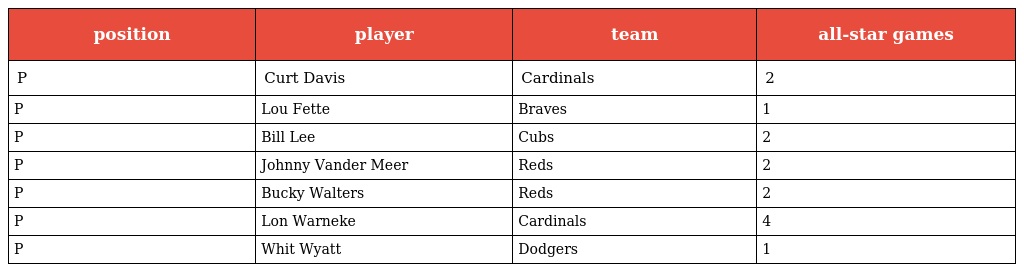
| position | player | team | all-star games |
 | --- | --- | --- | --- |
 | P | Curt Davis | Cardinals | 2 |
 | P | Lou Fette | Braves | 1 |
 | P | Bill Lee | Cubs | 2 |
 | P | Johnny Vander Meer | Reds | 2 |
 | P | Bucky Walters | Reds | 2 |
 | P | Lon Warneke | Cardinals | 4 |
 | P | Whit Wyatt | Dodgers | 1 |